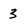
Character: 3